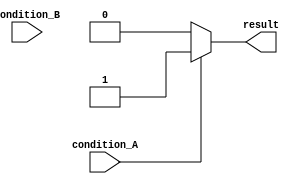
module if_else_ladder (
    input wire condition_A,
    input wire condition_B,
    output reg result
);

always @(*) begin
    if (condition_A) begin
        result = 1;
    end
    else if (condition_B) begin
        result = 2;
    end
    else begin
        result = 0;
    end
end

endmodule